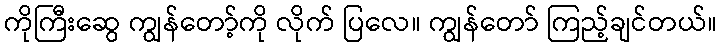
ကိုကြီးဆွေ ကျွန်တော့်ကို လိုက် ပြလေ။ ကျွန်တော် ကြည့်ချင်တယ်။